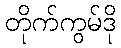
တိုက်ကွမ်ဒို